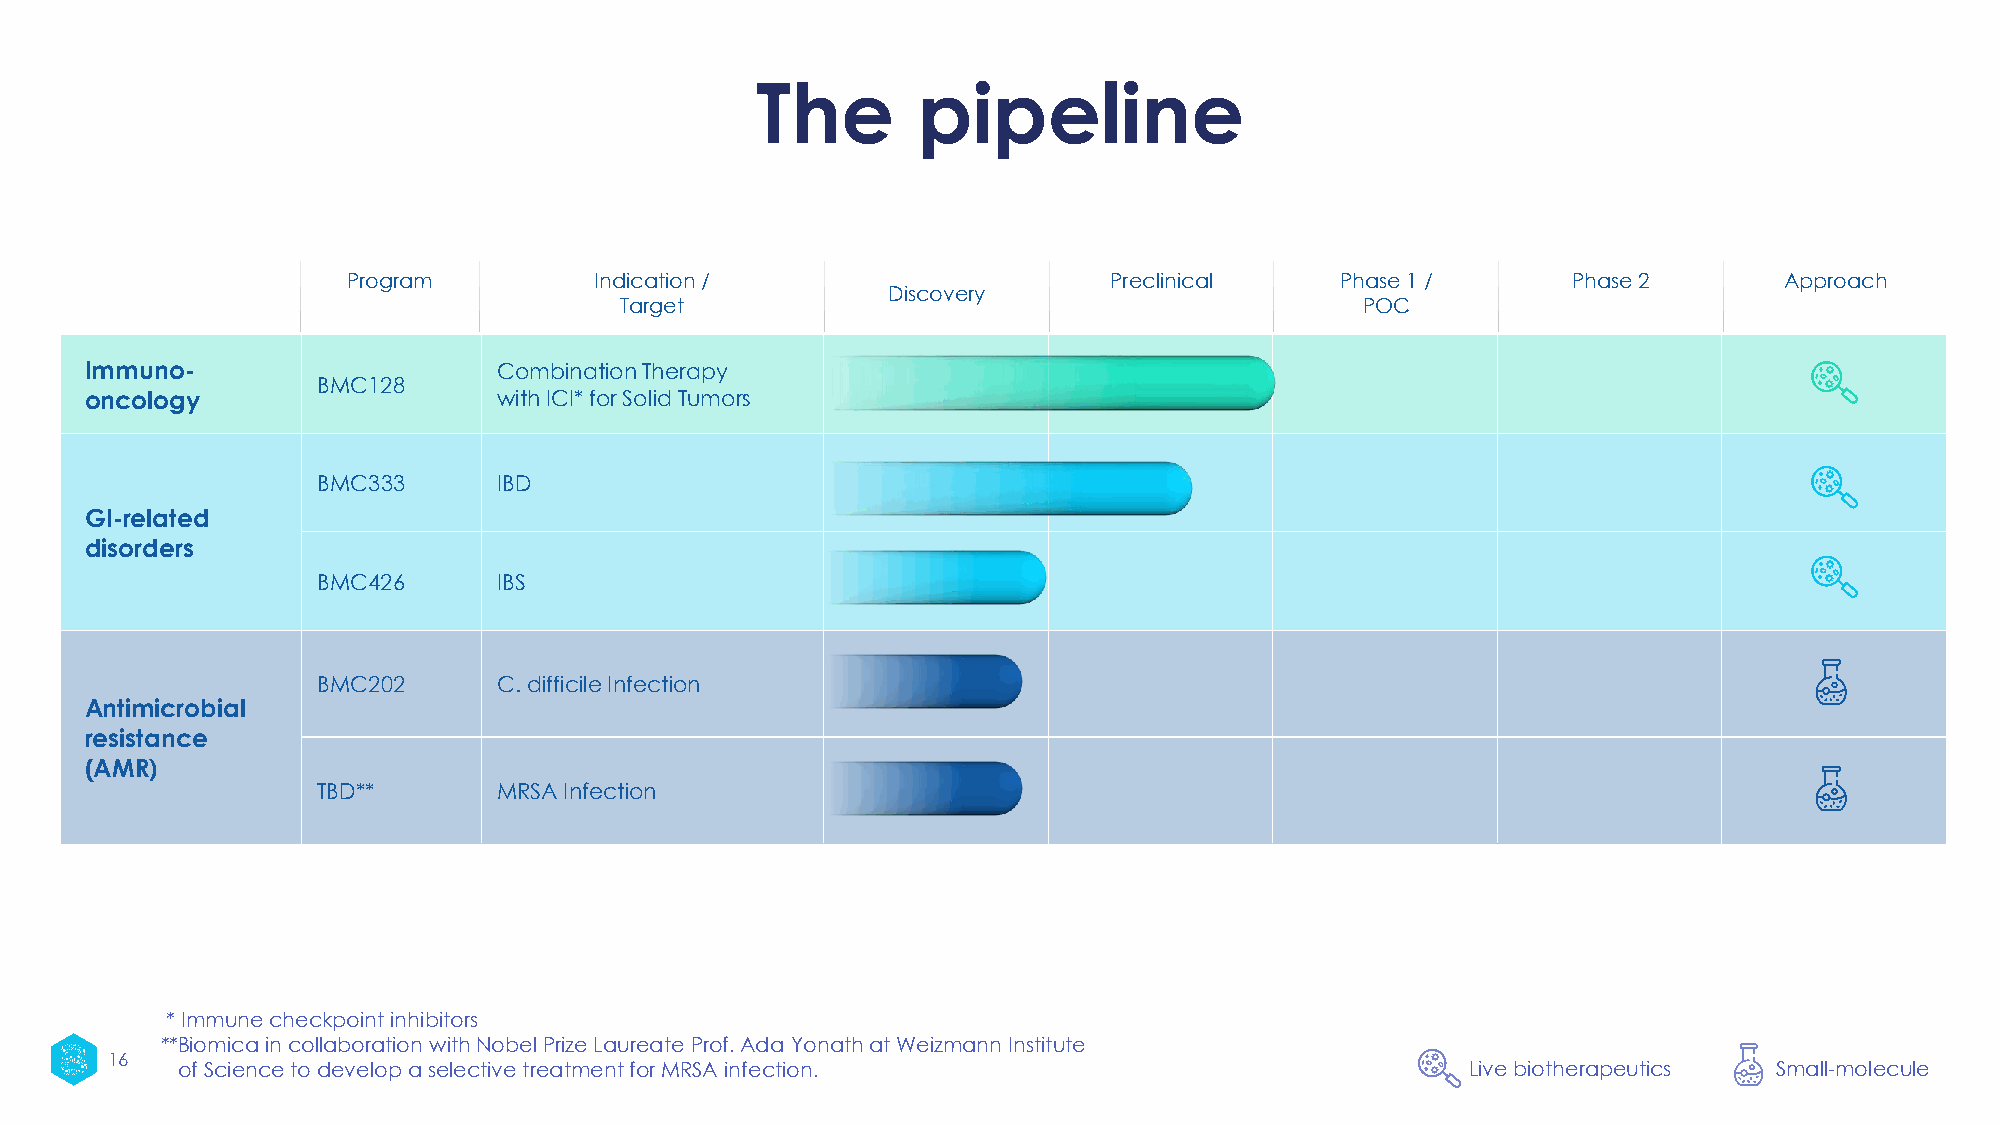
The        pipeline
 Program         Indication /                      Preclinical     Phase 1 /      Phase 2       Approach
 Discovery
 Target                                           POC
 Immuno-                    Combination Therapy
 BMC128
 oncology                   with ICI* for Solid Tumors
 BMC333      IBD
 GI-related
 disorders
 BMC426      IBS
 BMC202      C. difficile Infection
 Antimicrobial
 resistance
 (AMR(
 TBD**       MRSA Infection
 * Immune checkpoint inhibitors
 **Biomica in collaboration with Nobel Prize Laureate Prof. Ada Yonathat Weizmann Institute
 16
 of Science to develop a selective treatment for MRSA infection.                      Live biotherapeutics Small-molecule